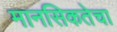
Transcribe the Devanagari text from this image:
मानसिकतेचा